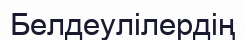
Белдеулілердің